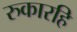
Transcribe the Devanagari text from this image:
रुकारहि